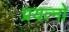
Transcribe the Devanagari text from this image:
प्रयत्नो